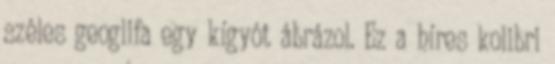
széles geoglifa egy kígyót ábrázol. Ez a híres kolibri